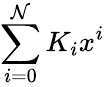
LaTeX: \sum_{i=0}^{\mathcal{N}}K_{i}x^{i}